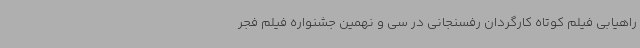
راهیابی فیلم کوتاه کارگردان رفسنجانی در سی و نهمین جشنواره فیلم فجر